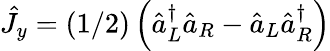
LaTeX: \hat{J}_{y}=(1/2)\left(\hat{a}_{L}^{\dagger}\hat{a}_{R}-\hat{a}_{L}\hat{a}_{R}^{\dagger}\right)